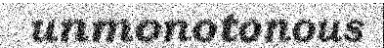
unmonotonous